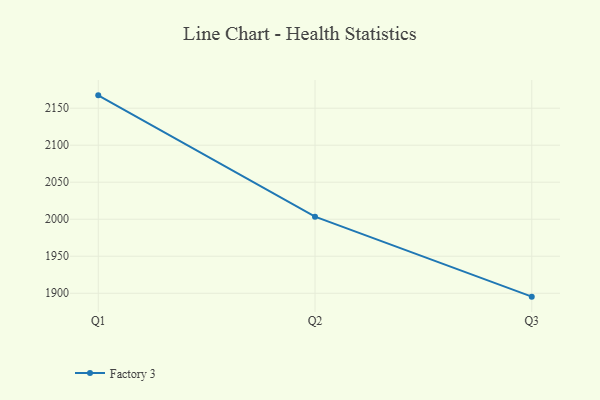
{"axis": {"x": "Quarter", "y": "Backlog"}, "legend": ["Factory 3"], "data": [{"x": "Q1", "y": 2167.4, "type": "Factory 3"}, {"x": "Q2", "y": 2003.5, "type": "Factory 3"}, {"x": "Q3", "y": 1895.4, "type": "Factory 3"}]}